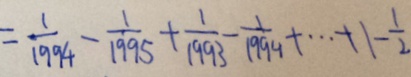
= \frac { 1 } { 1 9 9 4 } - \frac { 1 } { 1 9 9 5 } + \frac { 1 } { 1 9 9 3 } - \frac { 1 } { 1 9 9 4 } + \cdots + 1 - \frac { 1 } { 2 }